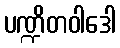
ပဏ္ဍိတဝါဒေါ